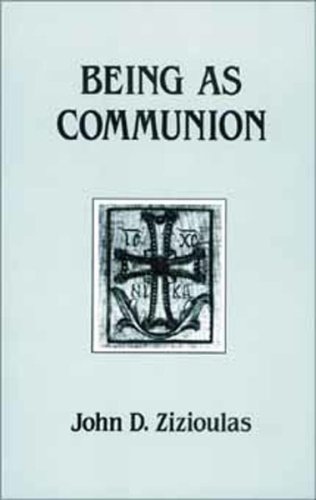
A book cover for Being as Communion: Studies in Personhood and the Church (Contemporary Greek Theologians Series, No 4); John D. Zizioulas; Christian Books & Bibles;